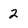
Character: 2